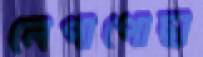
লেপাপোছা